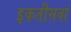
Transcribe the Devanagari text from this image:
इकतीसवां